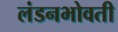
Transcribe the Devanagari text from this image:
लंडनभोवती